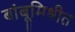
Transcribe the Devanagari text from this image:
बांबूमिश्रीत